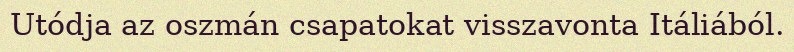
Utódja az oszmán csapatokat visszavonta Itáliából.